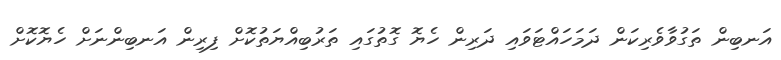
އަނބިން ތަގުވާވެރިކަން ދަމަހައްޓަވައި ދަރިން ހެޔޮ ގޮތުގައި ތަރުބިއްޔަތުކޮށް ފިރިން އަނބިންނަށް ހެޔޮކޮށް